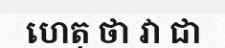
ហេតុ ថា វា ជា